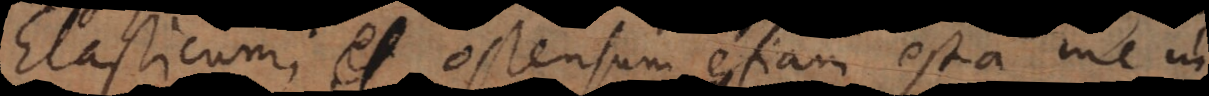
Elasticum; ostensum etiam est a me in